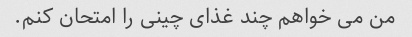
من می خواهم چند غذای چینی را امتحان کنم.